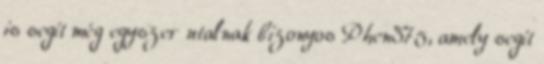
is segít még egyszer utalnak bizonyos Phen375, amely segít